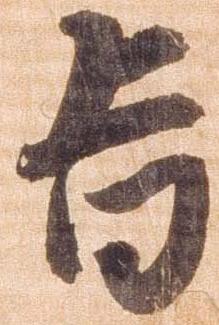
旨